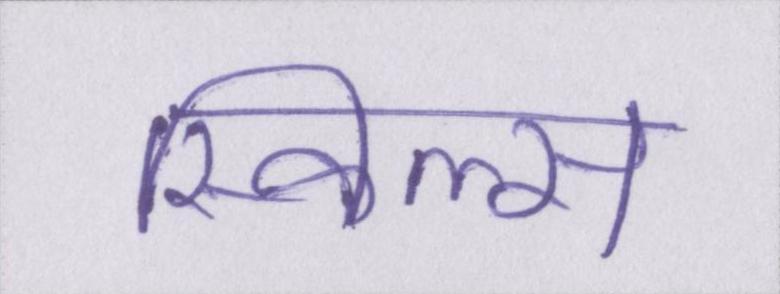
स्किल्स